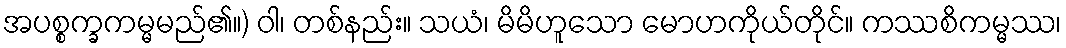
အပစ္စက္ခကမ္မမည်၏။) ဝါ၊ တစ်နည်း။ သယံ၊ မိမိဟူသော မောဟကိုယ်တိုင်။ ကဿစိကမ္မဿ၊